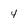
Character: 4